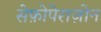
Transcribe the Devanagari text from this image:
सेफ़ोपेराज़ोन